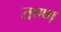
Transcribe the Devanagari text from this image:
तण्ण